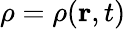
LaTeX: \rho=\rho(\mathbf{r},t)